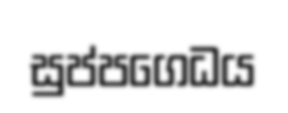
සුප්පගෙධය